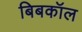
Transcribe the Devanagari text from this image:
बिबकॉल